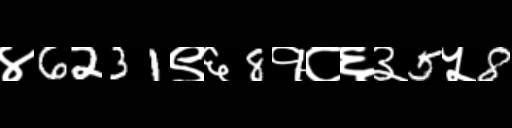
Text: ४6231९६8१८६३5५8